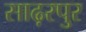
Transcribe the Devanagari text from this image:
साढ़रपुर